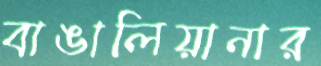
বাঙালিয়ানার